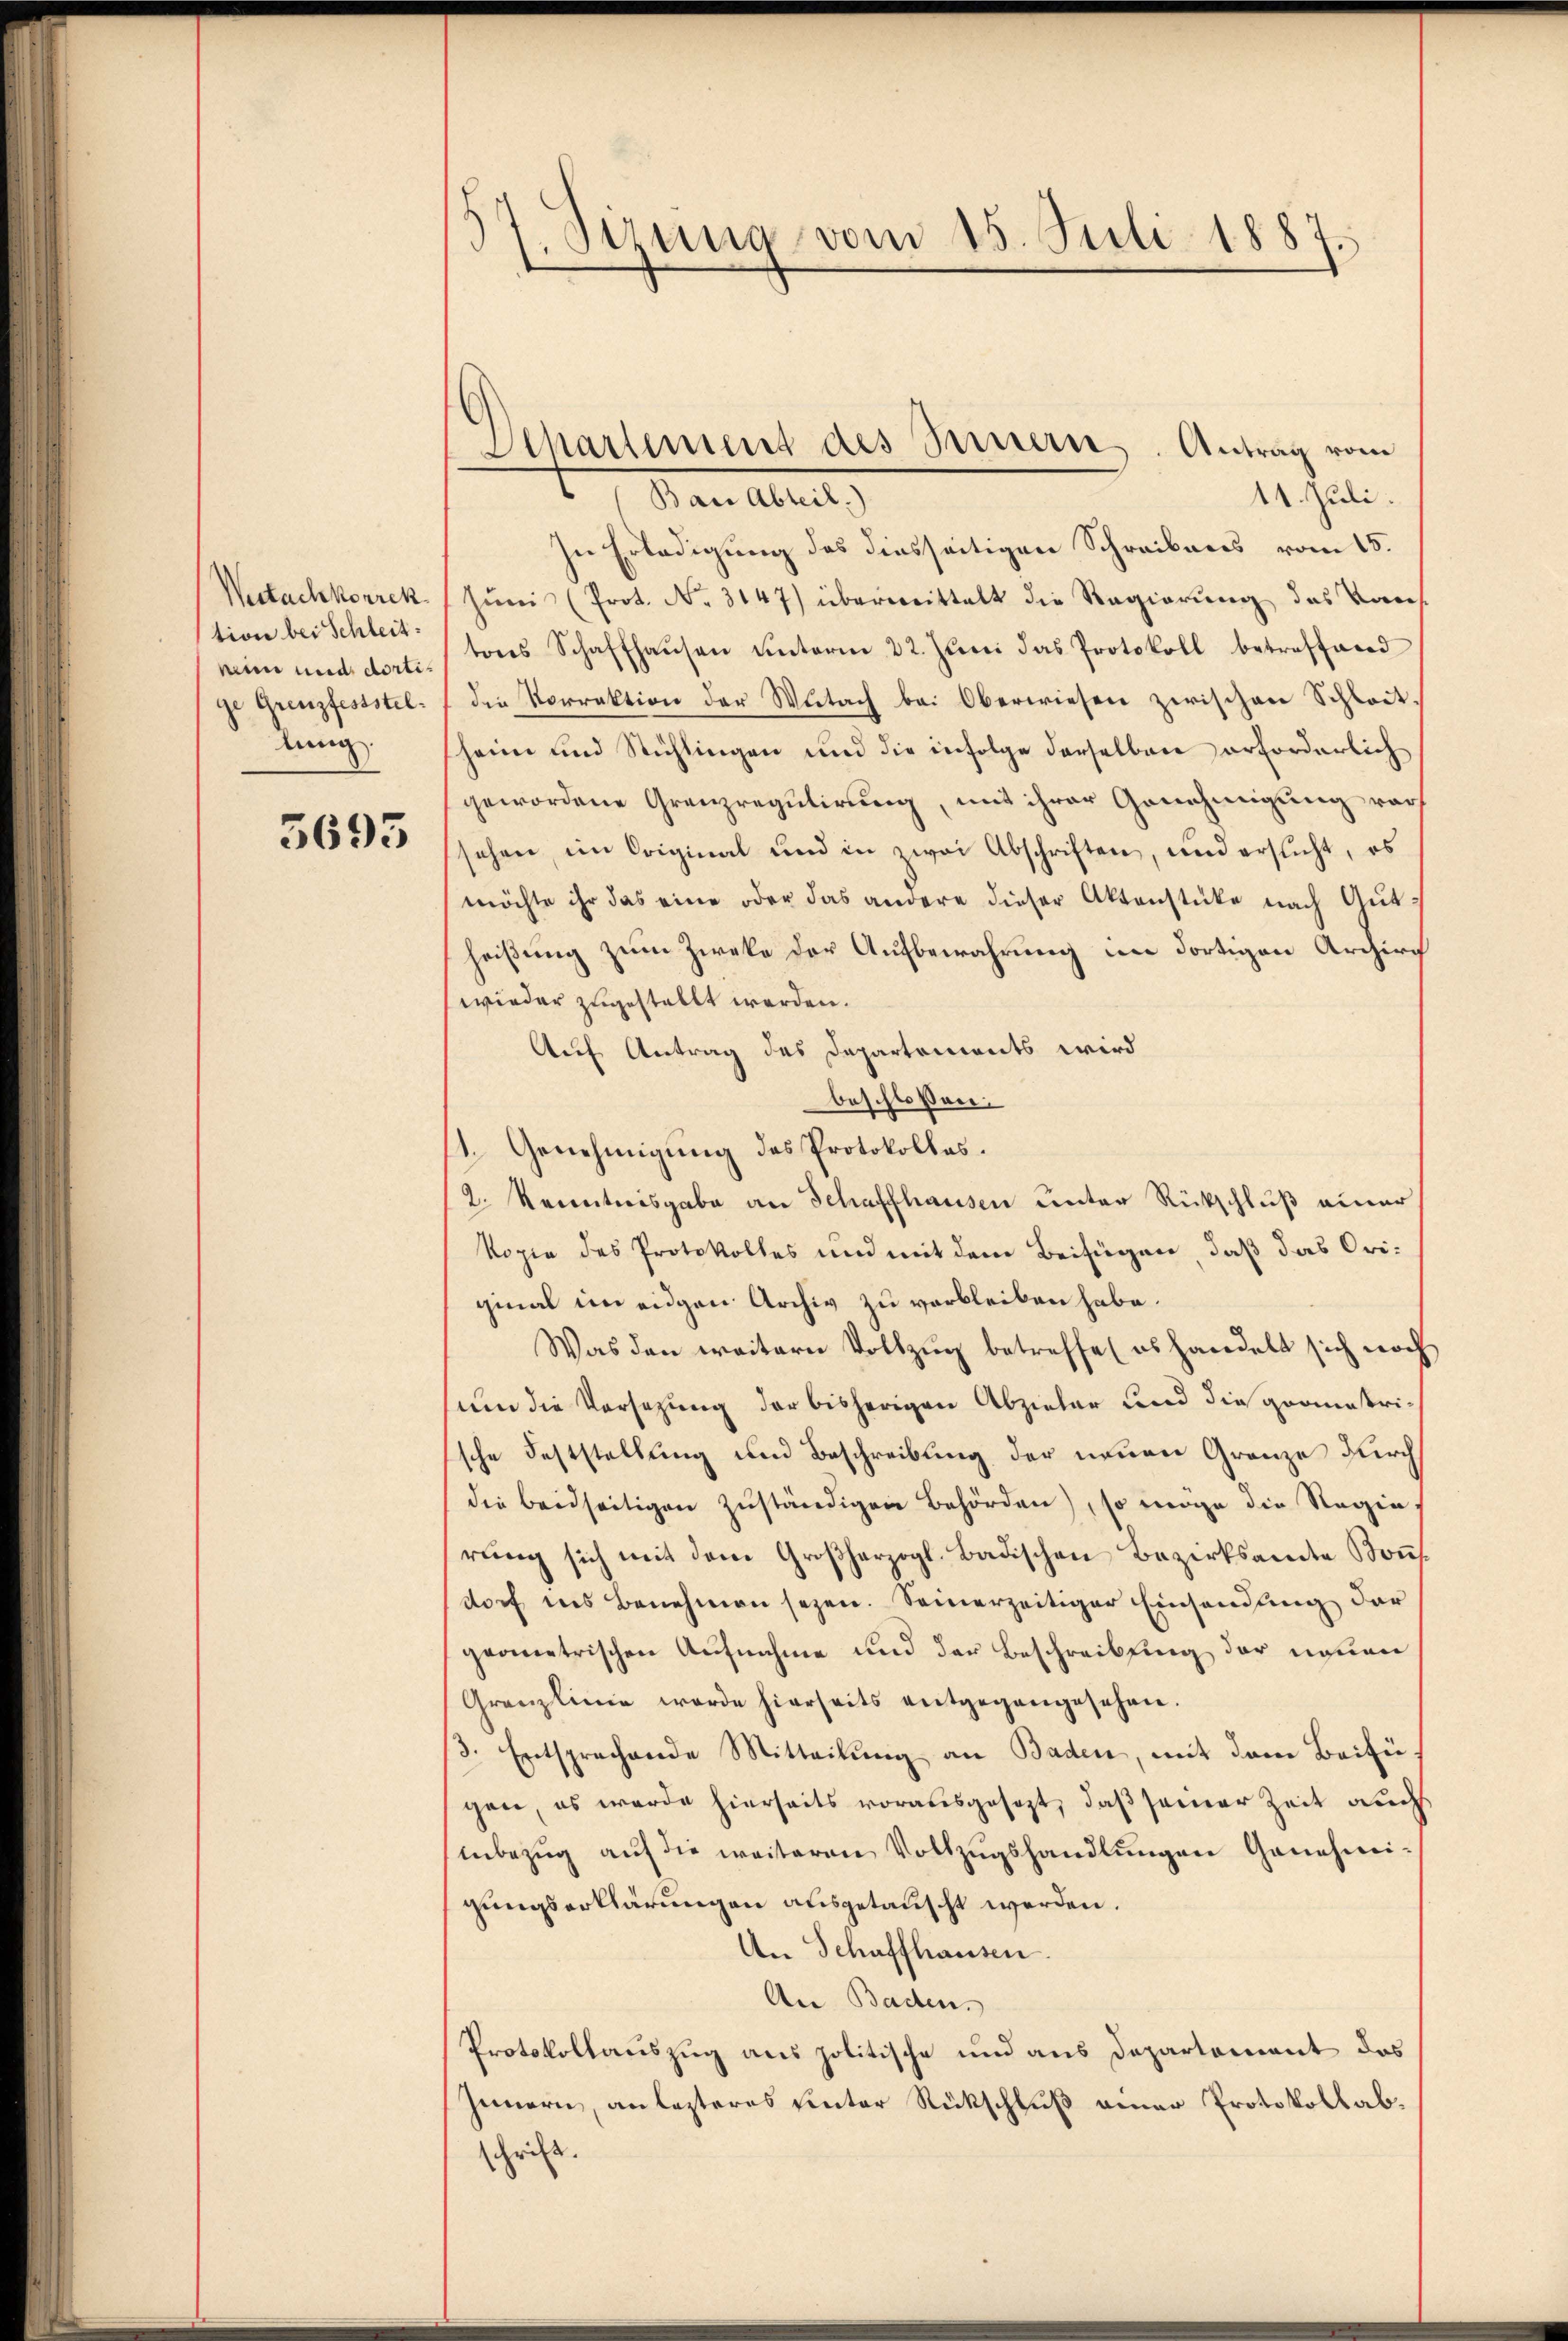
Westachkorrek
tion bei Schleit
min und dortige Grenzfeststel
lung.

5693

37. Sizung vom 15. Juli 1887.

Achartement des Seinern. Antrag vom

11. Juli.
 (Ban Abteil.)
In Erledigung des diesseitigen Schreibens vom 15.
Jŭni (Prot. No. 3147) überwittelt die Regierung das Vors
tons Schaffhaŭsen ŭnterm 22. Jŭni das Protokoll betreffend
die Vorrektion der Wŭtach bei Oberwiesen zwischen Schlait,
heim und Sichlingen und die infolge derselben erforderlich
gewordene Grenzregulirung, mit ihrer Genehmigung vor
sehen, im Original und in zwei Abschriften, und ersucht, es
möchte ihr das eine oder das andere dieser Aktenstücke nach Gutheißung zum Zieke der Aufbewahrung im dortigen Archirch
wieder zugestellt werden.
Auf Antrag des Departements wird
beschlossen:
1. Genehmigung des Protokolles.
2. Renntnisgabe an Schaffhausen unter Rückschluß einer
Kopie des Protokolles und mit dem Beifügen, daß das Original im eidgen Archiv zu verbleiben habe.
Was den weitern Vollzŭg betreffe (es handelt sich noch
sum die Versetzung der bisherigen Abzieler und die grammatrische Feststellung und Beschreibung der neuen Granze durch
die beidseitigen zŭständigen Behörden), so möge die Regia,
rŭng sich mit dem Großherzogl. Badischen Bezirksamte Soṅt
dorf ins Benehmen sezen. Seinerzeitiger Einsendung der
geometrischen Aufnahme und der Beschreibung der neuen
Granzlinie werde hierseits entgegengesehen.
3. Entsprechende Mitteilung an Baden, mit dem Beifügen, es wurde hierseits vorausgesezt, daß seiner Zeit auch
inbezŭg aŭf die weiteren Vollzŭgshandlŭngen Genehmi-
gungserklärungen ausgetauscht werden.
An Schaffhausen.
An Baden.
Protokollauszug aus politische und aus Departement das
Innern, an lezteres unter Rückschluß einer Protokoll abschrift.